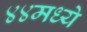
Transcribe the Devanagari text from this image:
४४मध्ये